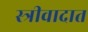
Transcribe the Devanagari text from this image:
स्त्रीवादात